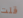
قلت